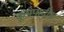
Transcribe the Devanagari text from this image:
कूपपादीय